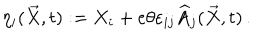
LaTeX: \eta _ { i } ( \overrightarrow { X } , t ) : = X _ { i } + e \theta \varepsilon _ { i j } \widehat { A } _ { j } ( \overrightarrow { X } , t ) \, .